Calcutta medical institutions reports 1879-81 [i.e.91]
Year: 1879
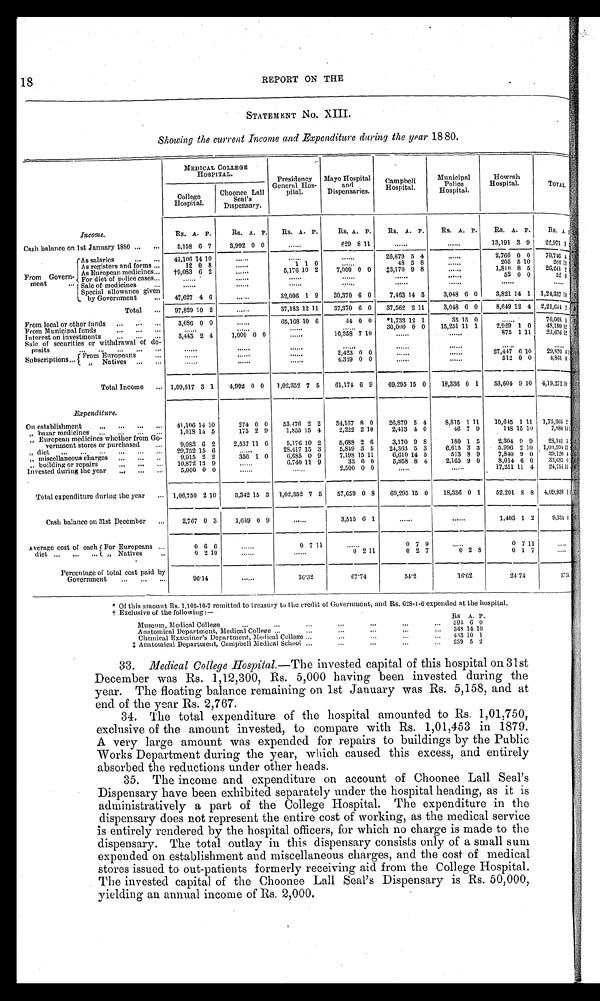
118
REPORT ON THE
STATEMENT No. XIII.
Showing the current Income and Expenditure during the year 1880.
MEDICAL COLLEGE
HOSPITAL.
Presidency
General Hos-
pital.
Mayo Hospital
and
Dispensaries.
Campbel l Hospi t al .
Muni ci apl Pol i ce Hospi t al .
Howrah Hospital.
TOTAL.
College
Hospital.
Choonee Lall
Seal's
Dispensary.
Income.
Rs. A. P.
Rs. A. P. Rs. A. P.
Rs, A. P. Rs.
A .
P.
R s . A .
P.
Rs. A. P.
Rs. A . P .
Cash balance on 1st January 1880
5,158 6 7
3,992 0 0
. . . . . .
629 8 11
. . . . . .
. . . . . . 13,191 3 9
2 2 , 9 7 1 3
F r o m G o v e r n -
ment
As salaries
41,106 14 10
. . . . . .
. . . . . .
. . . . . . 26,879 5 4
. . . . . . 2,760 0 0 70,746 4 ,
As registers and forms
12 0 8
. . . . . .
1 1 0
. . . .
. .
48 5 8
. . . . . .
205 5 1 0
2 6 6 1 3
As European medicines
†9,083 6 2
. . . . . . 5,176 10 2
7,000 0 0
‡ 3 , 1 7 0 9 8
. . . . . . 1,810 8 5 26,241 2
For diet of police cases
. . . . . .
. . . . . .
. . . . . .
. . . . . .
. . . . . .
52 0 0
52 0
Sale of medicines
. . . . . .
. . . . . .
. . . . . .
. . . . . .
. . . . . .
. . . . . .
. . . .
Special allowance given
by Government
47,627 4 6
. . . .
. . 32,006 1 9
.
30,370 6 0
7,463 14 3
3,048 6 0
3,821 14 1
1 , 2 4 , 3 3 7 1 4
Total
97,829 10 2
. . . . . . 37,183 12 11
37,370 6 0 37,562 2 11
3,048 6 0
8,649 12 4 2,21,644 2
From local or other funds
3,086 0 0
. . . . . . 65,168 10 6
44 0 0 *1,733 12 1
35 15 0
. . . . . .
7 0 , 0 6 8 5
From Municipal funds
. . . . . .
. . . . . .
. . . . . .
. . . . . . 30,000 0 0
15,251 11 1
2,929 1 0
4 8 , 1 8 0 1 2
Interest on investments
3,443 2 4
1,000 0 0
. . . . . . 16,358 7 10
. . . . . .
. . . . . .
875 1 1 1
2 1 , 6 7 6 1 2
Sale of securities or withdrawal of de-
posits
. . . . . .
. . . . . .
. . . . . .
. . . . . .
. . . . . .
. . . . . .
. . . . . .
. . . .
Subscriptions
F r o m E u r o p e a n s
. . . . . .
. . . . . .
. . . . . . 2,423 0 0
. . . . . .
. . . . . . 27,447 6 10
2 9 , 8 7 0 6
, , Natives
. . . . . .
. . . . . .
. . . . . . 4,349 0 0
. . . . . .
. . . . . .
512 0 0
4,861 0
Total Income
1,09,517 3 1
4,992 0 0 1,02,352 7 5
61,174 6 9
69,295 15 0
18,336 0 1
53,604 9 10 4,19,272 1 0
Bxpenditure.
On establishment
41,106 14 10
274 0 0
53.476 2 2 34,167 8 0
26,879 5 4
8 , 8 1 5 1 11 10,645 1 11 1,75364 2
,, bazar medicines
1,018 14 5
175 2 9
1,855 15 4
2,222 2 10
2,413 4 0
46 7 9
148 15 10
7,880 1 4
„ European medicines whether from Go-
vernment stores or purchased
9,083 6 2
2,537 11 6
5,176 10 2
5,688 2 6
3,170 9 8
180 1 5
2,304 9 9
28,141 3
,, diet
29,752 15
. . . . . . 28,417 15 3
5,849 3 5
24,363 5 3
6,615 3 3
5,996 2 10
1 , 0 0 , 9 9 4 1 3
,, miscellaneous charges
9,915 2 2
3 5 6 1 0
6,685 0 9
7,198 15 11
6,610 14 5
513 8 9
7,840 9 0 ' 39,120 4
,, building or repairs
10,872 13 9
. . . . . . 6,740 11 9
33 0 0
5,858 8 4
2,165 9 0
8,014 6 0 33,685 0
Invested during the year
5,000 0 0
. . . . . .
. . . . . . 2,500 0 0
. . . . . .
. . . . . . 17,251 11 4 24,751 1 1
Total expenditure during the year
1,06,750 2 10
3,342 15 3 1,02,352 7 5 57,659 0 8
69,295 15 0
18,336 0 1
52,201 8 8
4 , 0 9 , 9 3 8 1 1
Cash balance on 31st December
2,767 0 3
1,649 0 9
. . . .
. . 3,515 6 1
. . . . . .
. . . . . . 1,403 1 2
9,334 8
Average cost of each diet For Europeans
0 6 6
. .
. . . .
0 7 11
. .
. . . .
0 7 9
. .
. . . .
0 7 11
. . . .
. .
,, Natives
9 2 10
. . . . . .
. . . . . .
0
2 11
0 2 7
0 2 8
0 1 7
. . . .
. .
Percentage of total cost paid by
Government
9 6 . 1 4
. . . . . .
3 6 . 3 2
67.74
5 4 . 2
1 6 . 6 2
24.74
5 7 . 5 4
•
*Of this amount Rs. 1,105-10-7 remitted to treasury to the credit of Government, and Rs. 628-1-6 expended at the hospital.
•
†Exclusive of the following:—
R s A. P.
Museum, Medical College
394 6 0
Anatomical Department, Medical College
348 14 10
Chemical Examiner's Department, Medical College
4 3 3 10 1
‡ A n a t o m i c a l D e p a r t m e n t , C a m p b e l l M e d i c a l S c h o o l
239 5 2
33.
Medical College Hospital.—The invested capital of this hospital on 31st
December was Rs. 1,12,300, Rs. 5,000 having been invested during the
year. The floating balance remaining on 1st January was Rs. 5,158, and at
end of the year Rs. 2,767.
34. The total expenditure of the hospital amounted to Rs. 1,01,750,
exclusive of the amount invested, to compare with Rs. 1,01,453 in 1879.
A very large amount was expended for repairs to buildings by the Public
Works Department during the year, which caused this excess, and entirely
absorbed the reductions under other heads.
35. The income and expenditure on account of Choonee Lall Seal's
Dispensary have been exhibited separately under the hospital heading, as it is
administratively a part of the College Hospital. The expenditure in the
dispensary does not represent the entire cost of working, as the medical service
is entirely rendered by the hospital officers, for which no charge is made to the
dispensary. The total outlay in this dispensary consists only of a small sum
expended on establishment and miscellaneous charges, and the cost of medical
stores issued to out-patients formerly receiving aid from the College Hospital.
The invested capital of the Choonee Lall Seal's Dispensary is Rs. 50,000,
yielding an annual income of Rs. 2,000.